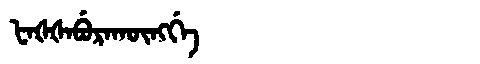
Manchu: ᡶᠠᡧᡧᠠᠪᡠᡵᠠᡴᡡᠩᡤᡝ
Romanization: FAŠŠABURAKŪNGGE